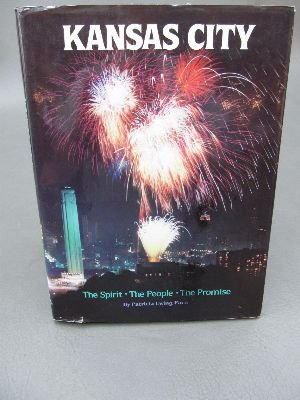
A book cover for Kansas City: The Spirit, the People, the Promise; Patricia Ewing Pace; Travel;